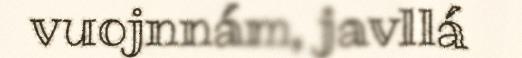
vuojnnám, javllá